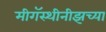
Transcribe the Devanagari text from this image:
मीगॅस्थीनीझच्या